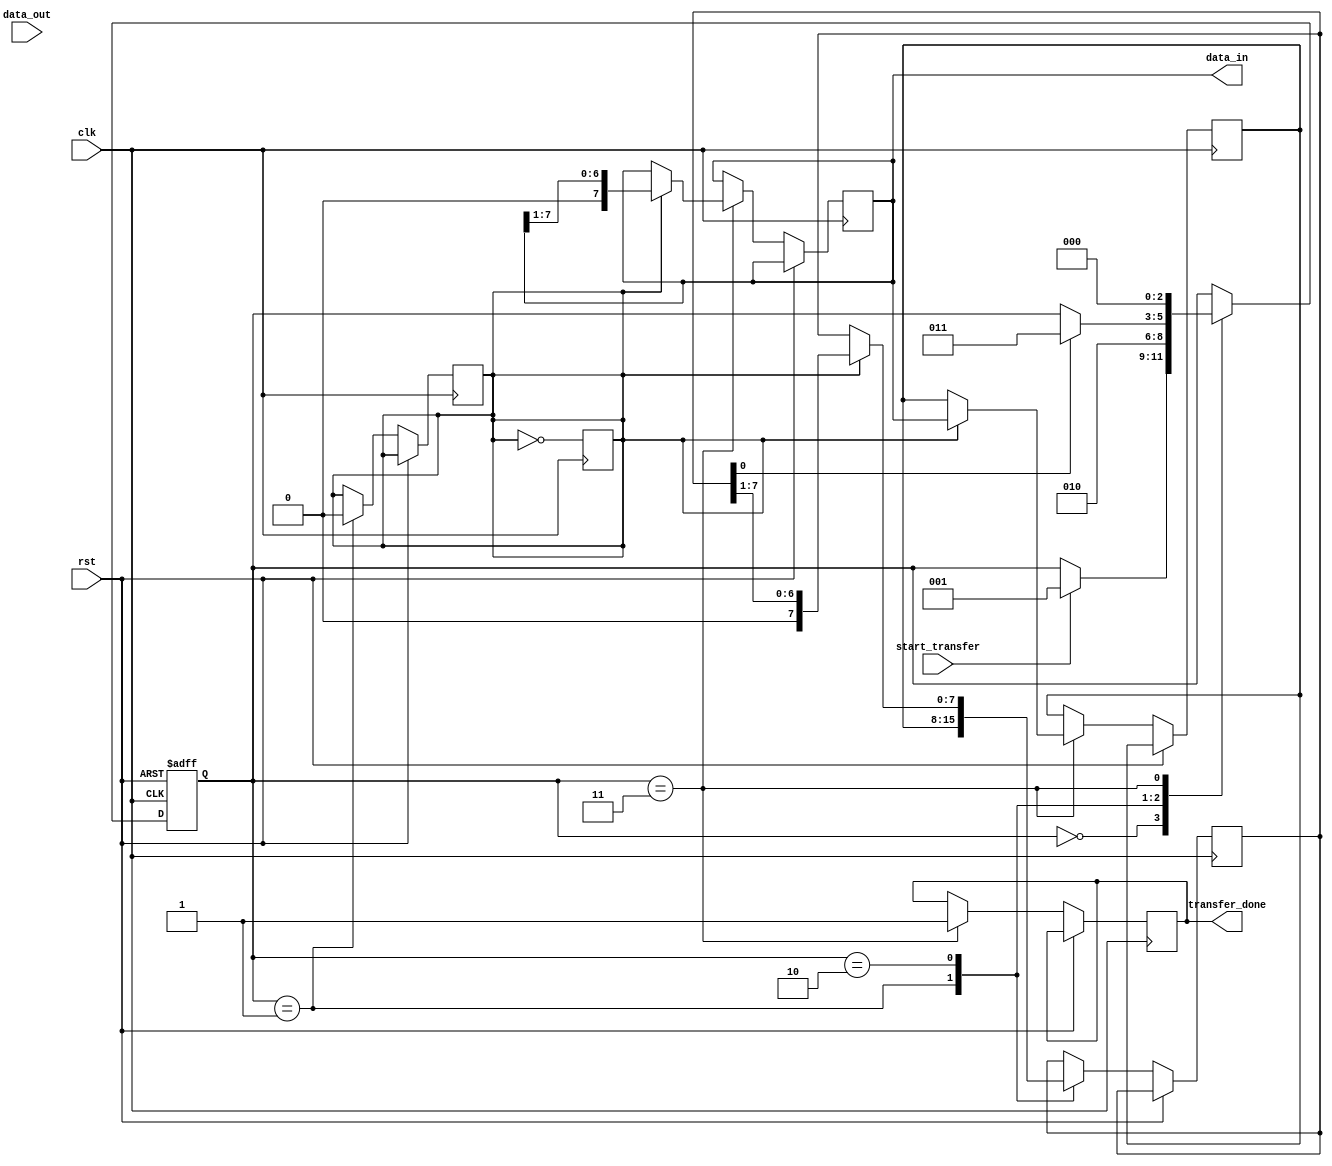
module spi_master (
    input wire clk,
    input wire rst,
    input wire start_transfer,
    input wire [7:0] data_out,
    output reg [7:0] data_in,
    output reg transfer_done
);

// Functional blocks
reg [2:0] state;
reg [7:0] data_buffer;
reg [7:0] shift_register;
reg clock_signal;

// State machine
parameter IDLE = 3'b000;
parameter INIT_TX = 3'b001;
parameter TX_DATA = 3'b010;
parameter RX_DATA = 3'b011;

always @ (posedge clk or posedge rst) begin
    if (rst) begin
        state <= IDLE;
    end else begin
        case (state)
            IDLE: begin
                if (start_transfer) begin
                    state <= INIT_TX;
                end
            end
            
            INIT_TX: begin
                shift_register <= data_buffer;
                clock_signal <= 0;
                state <= TX_DATA;
            end
            
            TX_DATA: begin
                // Shift out data on clock signal
                if (clock_signal) begin
                    shift_register <= {1'b0, shift_register[7:1]};
                end
                if (shift_register[0]) begin
                    state <= RX_DATA;
                end
            end
            
            RX_DATA: begin
                // Shift in data on clock signal
                if (clock_signal) begin
                    data_in <= {1'b0, data_in[7:1]};
                    data_buffer <= data_in;
                end
                transfer_done <= 1;
                state <= IDLE;
            end
        endcase
    end
end

// Clock generator block
always @ (posedge clk) begin
    clock_signal <= ~clock_signal;
end

endmodule